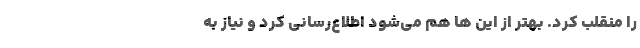
را منقلب کرد. بهتر از این ها هم می‌شود اطلاع‌رسانی کرد و نیاز به